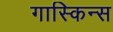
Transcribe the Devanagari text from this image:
गास्किन्स